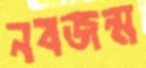
নবজন্ম